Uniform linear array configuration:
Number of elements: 24
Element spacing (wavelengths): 0.25
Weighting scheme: blackman
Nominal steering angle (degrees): -30
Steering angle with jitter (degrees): -29.462
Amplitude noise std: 0.05
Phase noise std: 0.05

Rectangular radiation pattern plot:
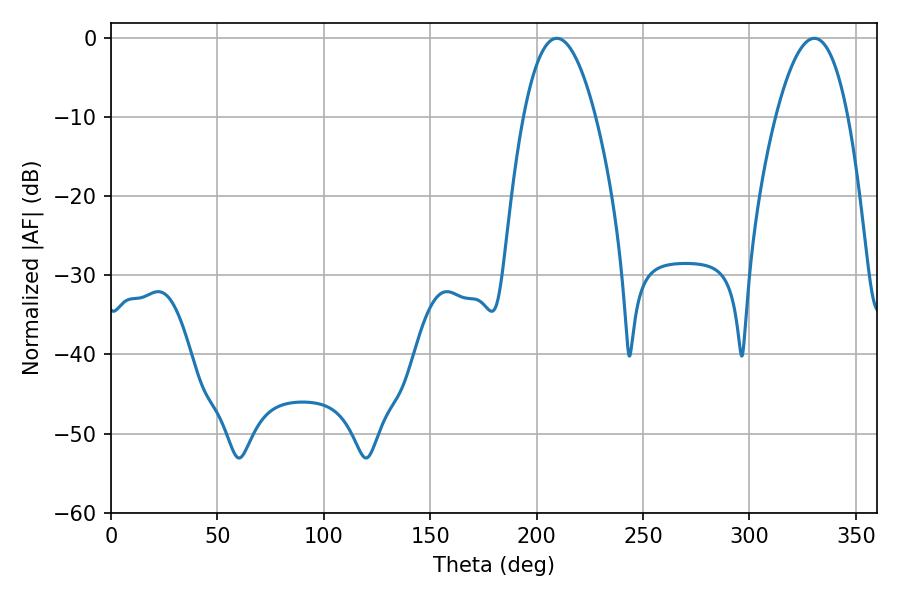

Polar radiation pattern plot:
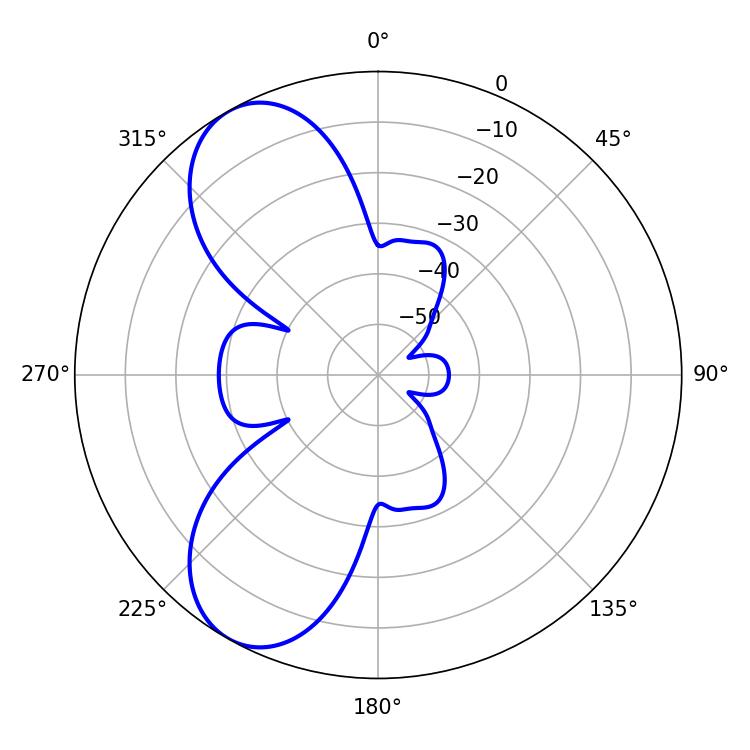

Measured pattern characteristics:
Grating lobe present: FALSE
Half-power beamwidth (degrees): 18.72
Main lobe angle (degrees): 209.52